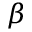
\beta